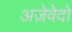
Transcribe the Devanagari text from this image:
अज़ेवेदो